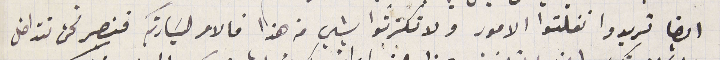
ايضا تريدوا نفلتوا الامور ولا تكترثوا بشي من هذا فالامر لسَيادتكم فنصير نحن نتداخل